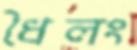
ধৈলং